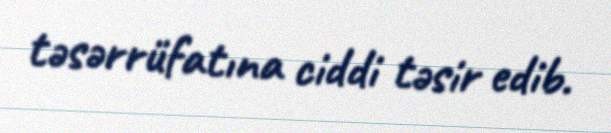
təsərrüfatına ciddi təsir edib.